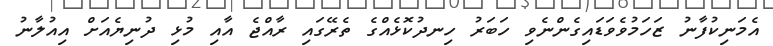
އެމަނިކުފާނު ޒަހަމުވެވަޑައިގެންނެވި ހަބަރު ހިނދުކޮޅެއްގެ ތެރޭގައި ރާއްޖެ އާއި މުޅި ދުނިޔެއަށް އިއުލާނު